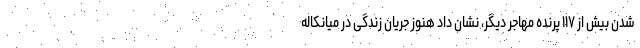
شدن بیش از ۱۱۷ پرنده مهاجر دیگر، نشان داد هنوز جریان زندگی در میانکاله